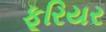
ફૂરિયર